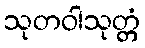
သုတဝါသုတ္တံ